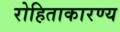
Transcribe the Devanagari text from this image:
रोहिताकारण्य